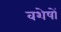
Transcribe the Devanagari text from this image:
वशेषों